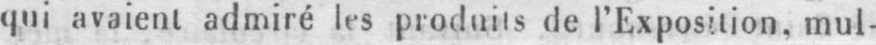
qui avaient admiré les produits de l’Exposition, mul-